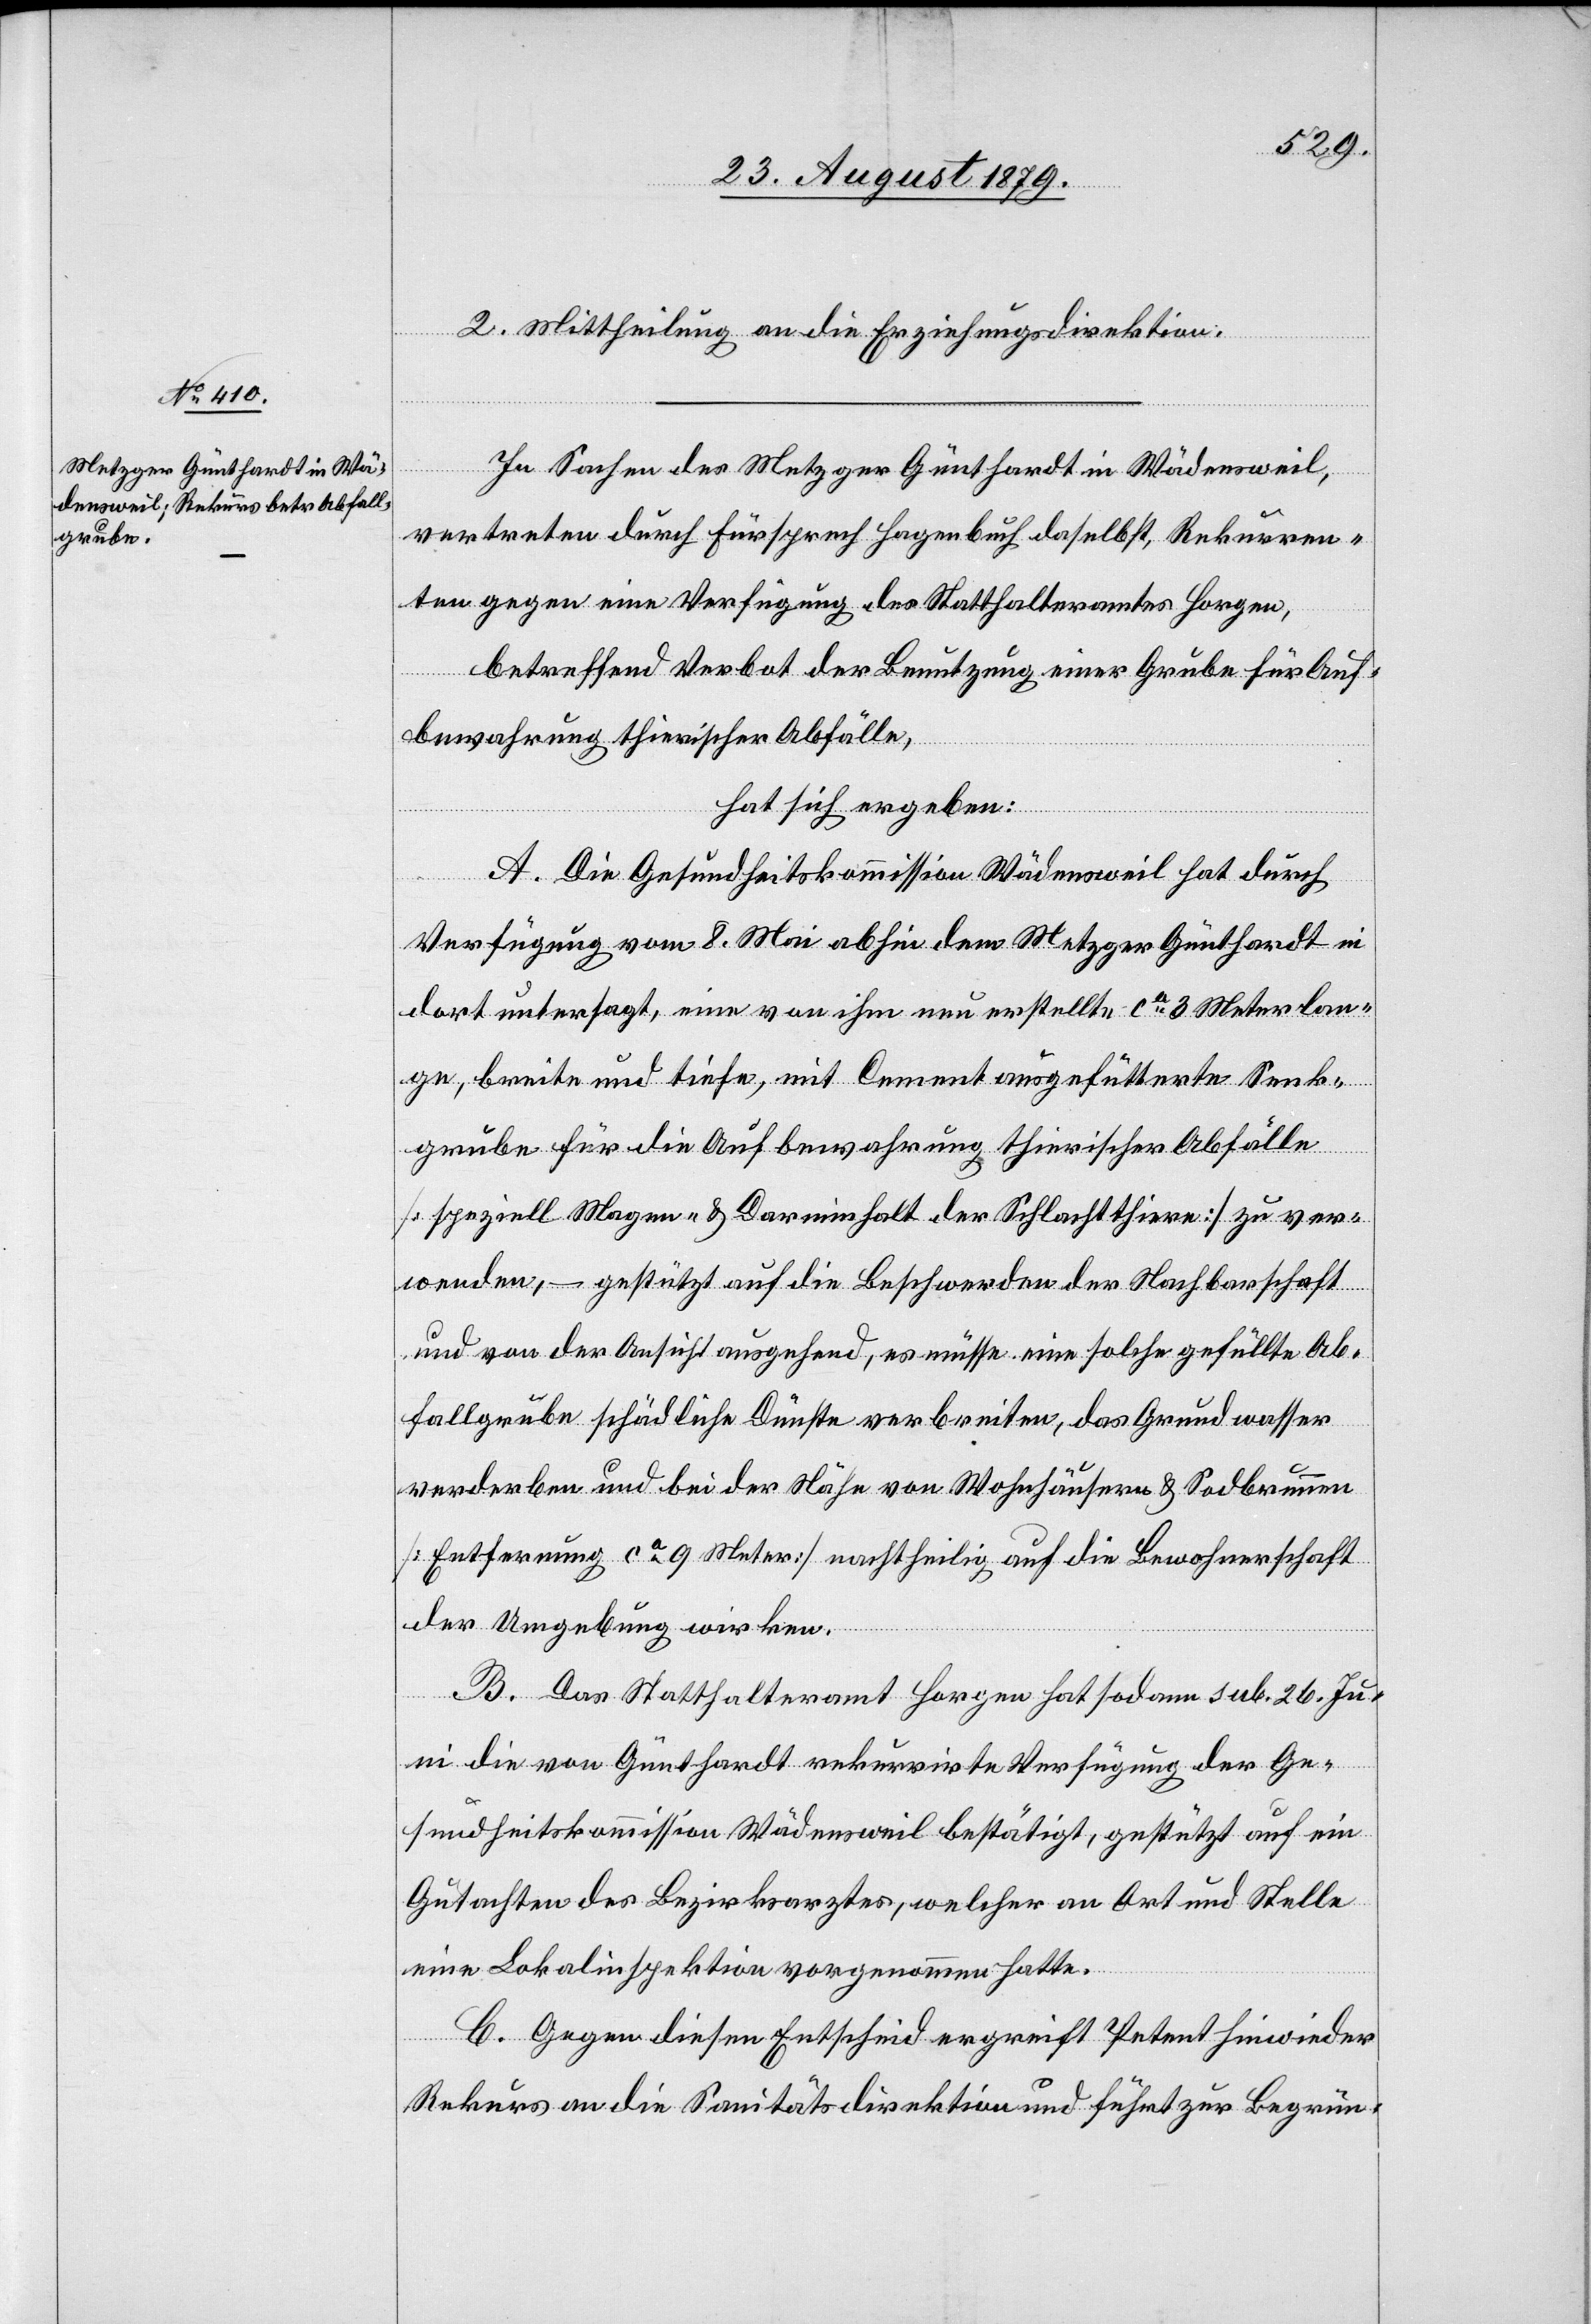
2. Mittheilung an die Erziehungsdirektion.
In Sachen des Metzger Günthardt in Wädensweil,
vertreten durch Fürsprech Hagenbuch daselbst, Rekurren¬
ten gegen eine Verfügung des Statthalteramtes Horgen,
betreffend Verbot der Benutzung einer Grube für Auf¬
bewahrung thierischer Abfälle,
hat sich ergeben:
A. Die Gesundheitskommission Wädensweil hat durch
Verfügung vom 8. Mai abhin dem Metzger Günthardt in
dort untersagt, eine von ihm neu erstellte ca 3 Meter lan¬
ge, breite und tiefe, mit Cement ausgefütterte Senk¬
grube für die Aufbewahrung thierischer Abfälle
[speziell Magen- & Darminhalt der Schlachtthiere] zu ver¬
wenden, – gestützt auf die Beschwerden der Nachbarschaft
und von der Ansicht ausgehend, es müsse eine solche gefüllte Ab¬
fallgrube schädliche Dünste verbreiten, das Grundwasser
verderben und bei der Nähe von Wohnhäusern & Sodbrunnen
[Entfernung ca 9 Meter] nachtheilig auf die Bewohnerschaft
der Umgebung wirken.
B. Das Statthalteramt Horgen hat sodann sub. 26 Ju¬
ni die von Günthardt rekurrirte Verfügung der Ge¬
sundheitskommission Wädensweil bestätigt, gestützt auf ein
Gutachten des Bezirksarztes, welcher an Ort und Stelle
eine Lokalinspektion vorgenommen hatte.
C. Gegen diesen Entscheid ergreift Petent hinwieder
Rekurs an die Sanitätsdirektion und führt zur Begrün-